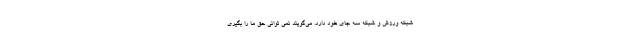
شبکه ورزش و شبکه سه جای خود دارد. می‌گویند نمی توانی حق ما را بگیری